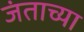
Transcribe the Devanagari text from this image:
जंताच्या